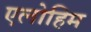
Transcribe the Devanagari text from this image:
एलोहिम